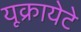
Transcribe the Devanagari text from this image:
यूक्रायेटे